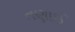
તણાઈ